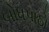
બોધપાઠો